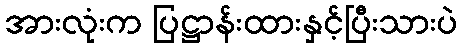
အားလုံးက ပြဋ္ဌာန်းထားနှင့်ပြီးသားပဲ